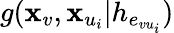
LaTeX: g(\mathbf{x}_{v},\mathbf{x}_{u_{i}}|h_{e_{vu_{i}}})